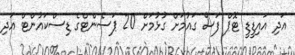
އަދި އައިޑީޑީ ޓޮޕް ފަސް ގައުމަށް ގުޅުމަށް 20 ޕަސެންޓްގެ ޑިސްކައުންޓް އަދި